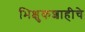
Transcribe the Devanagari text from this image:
भिक्षुकशाहीचे